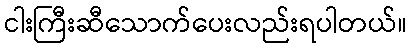
ငါးကြီးဆီသောက်ပေးလည်းရပါတယ်။